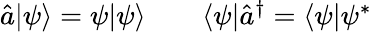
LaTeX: \begin{array}{rl}{\hat{a}|\psi\rangle=\psi|\psi\rangle\quad}&{{}\langle\psi|\hat{a}^{\dagger}=\langle\psi|\psi^{*}}\end{array}